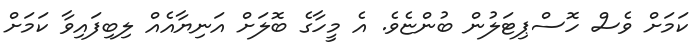
ކަމަށް ވެސް ހޮސްޕިޓަލުން ބުންޏެވެ. އެ މީހާގެ ބޮލަށް އަނިޔާއެއް ލިބިފައިވާ ކަމަށް